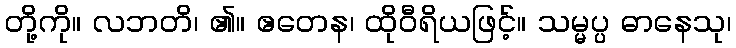
တို့ကို။ လဘတိ၊ ၏။ ဧတေန၊ ထိုဝီရိယဖြင့်။ သမ္မပ္ပ ဓာနေသု၊